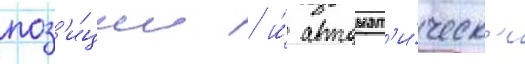
поз'и́ции / и́ автомат'и́ческ'и